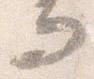
而